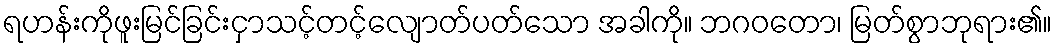
ရဟန်းကိုဖူးမြင်ခြင်းငှာသင့်တင့်လျောတ်ပတ်သော အခါကို။ ဘဂဝတော၊ မြတ်စွာဘုရား၏။